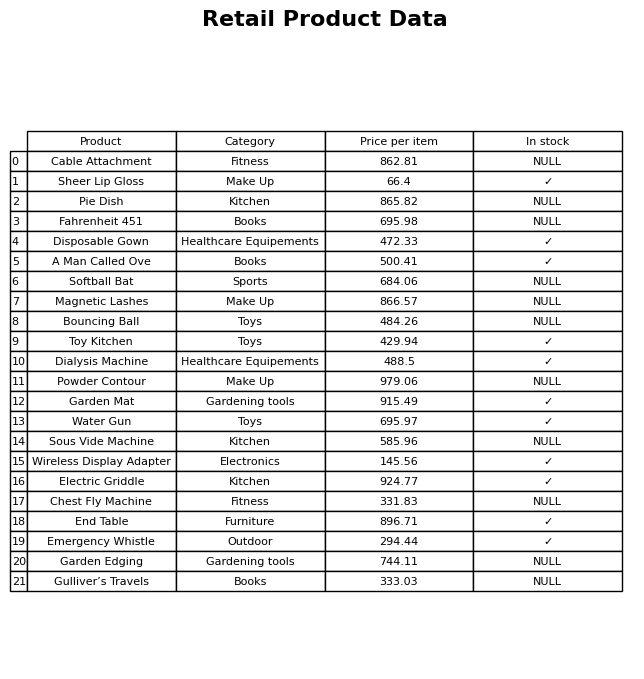
question: Is the Disposable Gown in stock?
answer: ✓